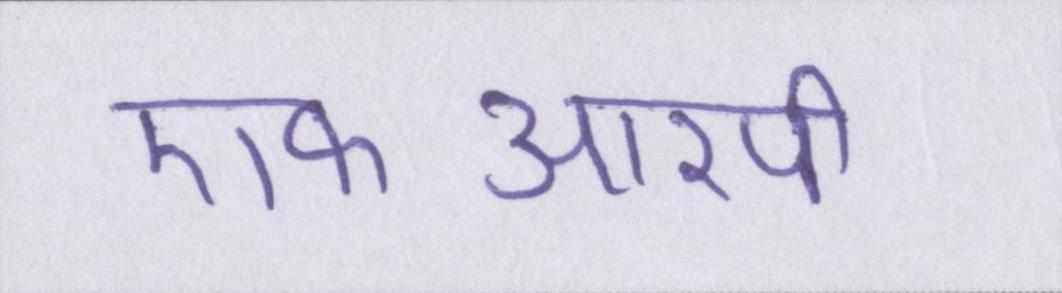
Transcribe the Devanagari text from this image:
एफआरपी